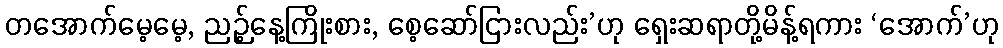
တအောက်မေ့မေ့, ညဉ့်နေ့ကြိုးစား, စေ့ဆော်ငြားလည်း’ဟု ရှေးဆရာတို့မိန့်ရကား ‘အောက်’ဟု